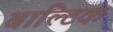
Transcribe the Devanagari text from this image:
बाल्‍टिक